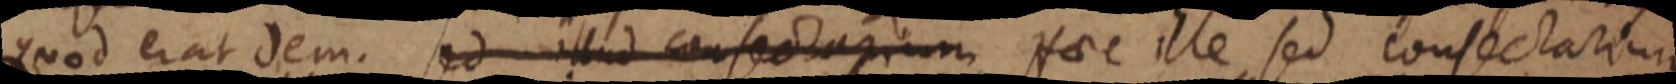
quod erat dem. sed illud consectarum Haec ille sed consectarium